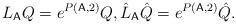
LaTeX: \begin{align*}L_{\mathsf{A}}Q=e^{P(\mathsf{A},2)}Q,\hat{L}_{\mathsf{A}}\hat{Q}=e^{P(\mathsf{A},2)}\hat{Q}.\end{align*}